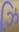
ઝિ